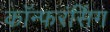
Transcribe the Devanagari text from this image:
कॉन्फरंसिंग